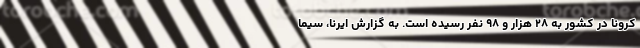
کرونا در کشور به ۲۸ هزار و ۹۸ نفر رسیده است. به گزارش ایرنا، سیما